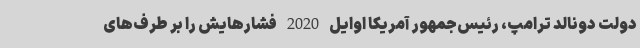
دولت دونالد ترامپ، رئیس‌جمهور آمریکا اوایل 2020 فشارهایش را بر طرف‌های